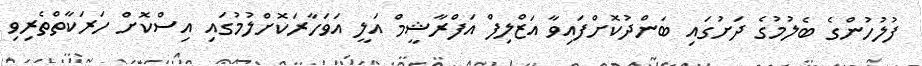
ފުލުހުންގެ ބެލުމުގެ ދަށުގައި ބަންދުކޮށްފައިވާ އަޒްލިފް އަފްރާޝީމް އަލީ އަވަހާރަކޮށްލުމުގައި އިސްކޮށް ހަރަކާތްތެރިވި